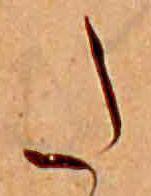
た